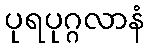
ပုရပုဂ္ဂလာနံ